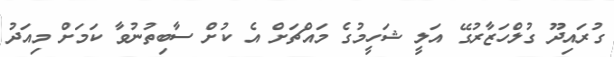
ގުރައިދޫ ގުލްހަޒާރުގޭ އަލީ ޝަހީމުގެ މައްޗަށް އެ ކުށް ސާބިތުނުވާ ކަމަށް މިއަދު